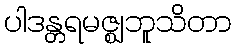
ပါဒန္တရမဇ္ဈဘူသိတာ